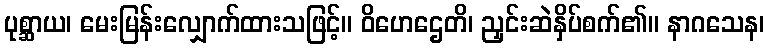
ပုစ္ဆာယ၊ မေးမြန်းလျှောက်ထားသဖြင့်။ ဝိဟေဌေတိ၊ ညှင်းဆဲနှိပ်စက်၏။ နာဂသေန၊